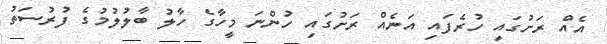
އެއް ރަށުގައި ހުރެފައި އަނެއް ރަށުގައި ހުންނަ މީހާގެ ހާލު ބާލުލުމުގެ ފުރުސަތު